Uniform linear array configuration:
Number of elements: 24
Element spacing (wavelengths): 0.25
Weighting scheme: cosine
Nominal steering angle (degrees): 60
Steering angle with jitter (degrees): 58.084
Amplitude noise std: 0.05
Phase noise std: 0.05

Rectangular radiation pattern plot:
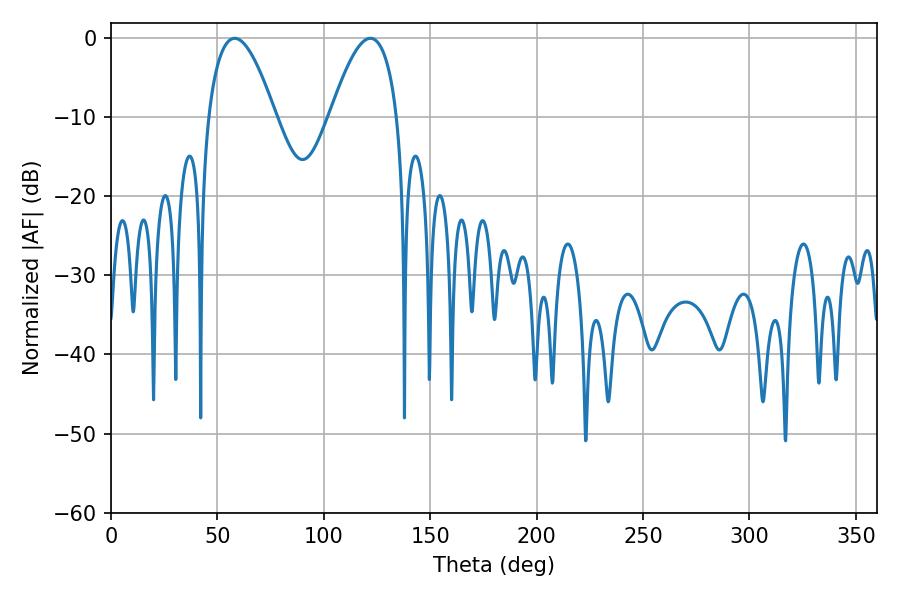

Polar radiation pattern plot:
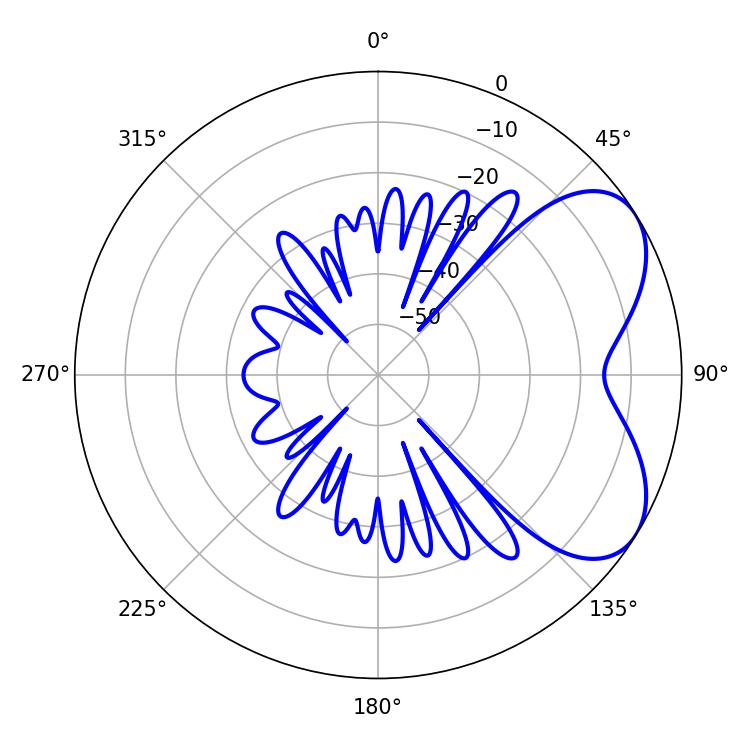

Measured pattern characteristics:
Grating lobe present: FALSE
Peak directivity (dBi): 5.443
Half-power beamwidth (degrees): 17.28
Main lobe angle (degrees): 58.14